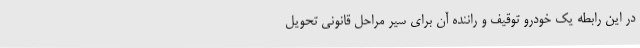
در این رابطه یک خودرو توقیف و راننده آن برای سیر مراحل قانونی تحویل